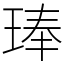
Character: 琫